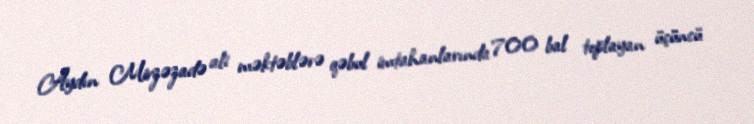
Aydın Mirzəzadə ali məktəblərə qəbul imtahanlarında 700 bal toplayan üçüncü